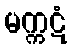
မက္ကဋံ